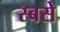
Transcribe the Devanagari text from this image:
स्बसे